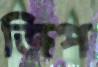
জিপ